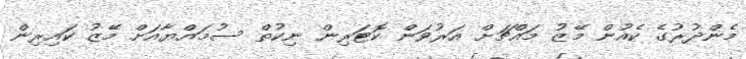
މެންދުރުގެ ކެއުން މޭޒު މައްޗަށް އަރުވަން ކޮޓަރިން ނިކުތް ސުމައްޔާއަށް މޭޒު ކައިރިން